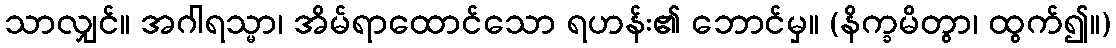
သာလျှင်။ အဂါရသ္မာ၊ အိမ်ရာထောင်သော ရဟန်း၏ ဘောင်မှ။ (နိက္ခမိတွာ၊ ထွက်၍။)